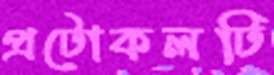
প্রটোকলটি